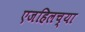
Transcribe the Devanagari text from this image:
एजहिलच्या